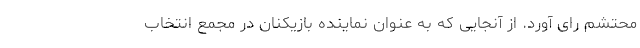
محتشم رای آورد. از آنجایی که به عنوان نماینده بازیکنان در مجمع انتخاب